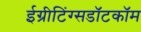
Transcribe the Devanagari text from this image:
ईग्रीटिंग्सडॉटकॉम